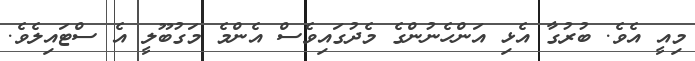
މިއީ އެވެ. ބުރުގާ އެޅި އަންހެނުންގެ މެދުގައިވެސް އެންމެ މަގުބޫލީ އެ ސްޓައިލެވެ.